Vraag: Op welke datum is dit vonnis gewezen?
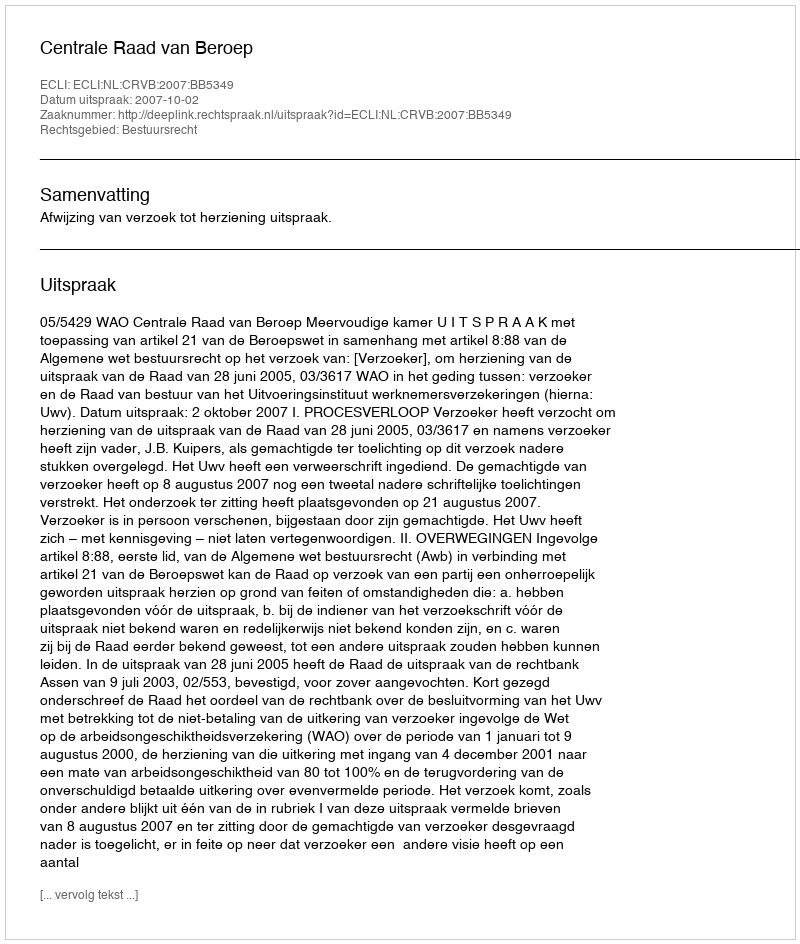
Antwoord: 2007-10-02